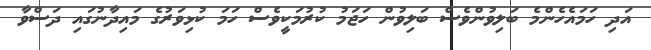
އަދި ހަމައެހެންމެ ބަލިވުންވެސް ބަލިވުން ހަޖަމު ކުރުމަކީވެސް ހަމަ ކުޅިވަރުގެ މައިދާނުގައި ދަސްވާ